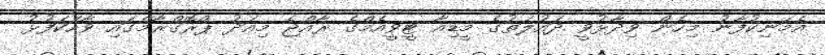
އެމަނިކުފާނު މިހެން ވިދާޅުވީ ދައުލަތުގެ މީޑިއާ ޓީވީއެމްގެ ރާއްޖެ މިއަދު ޕްރޮގްރާމްގައި ވާހަކަފުޅު